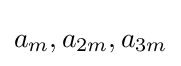
a_{m},a_{2m},a_{3m}